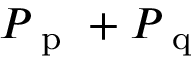
P _ { \mathrm { ~ p ~ } } + P _ { \mathrm { ~ q ~ } }